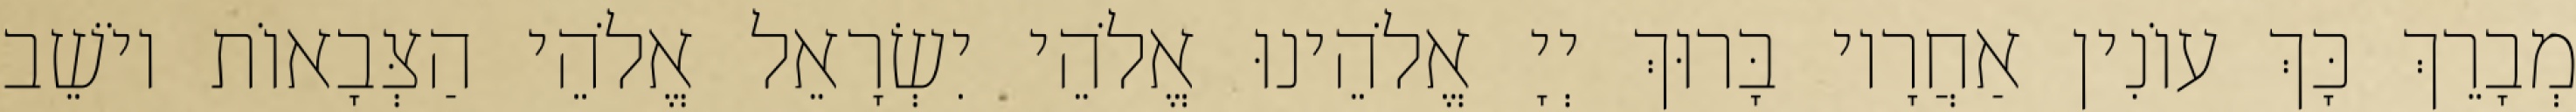
מְבָרֵךְ כָּךְ עוֹנִין אַחֲרָיו בָּרוּךְ יְיָ אֱלֹהֵינוּ אֱלֹהֵי יִשְׂרָאֵל אֱלֹהֵי הַצְּבָאוֹת יוֹשֵׁב